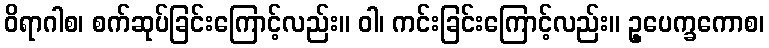
ဝိရာဂါစ၊ စက်ဆုပ်ခြင်းကြောင့်လည်း။ ဝါ၊ ကင်းခြင်းကြောင့်လည်း။ ဥ့ပေက္ခကောစ၊